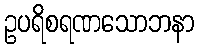
ဥပရိစရဏသောဘနာ